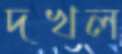
দখল